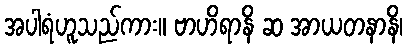
အပါရံဟူသည်ကား။ ဗာဟိရာနိ ဆ အာယတနာနိ၊